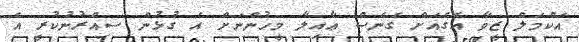
އަކްމަލް ޒީވާ އެގެއަށް ގެނެސް ޢާއިލާ މީހުންނަށް އެ ގުޅުން ސިއްރުނުކުރީ އެ